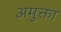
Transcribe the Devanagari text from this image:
अमुक्ता